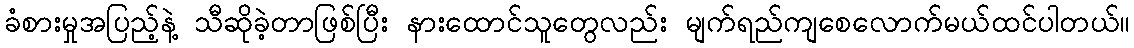
ခံစားမှုအပြည့်နဲ့ သီဆိုခဲ့တာဖြစ်ပြီး နားထောင်သူတွေလည်း မျက်ရည်ကျစေလောက်မယ်ထင်ပါတယ်။